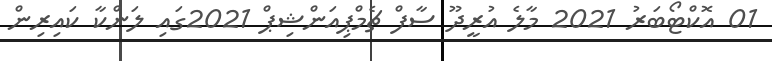
01 އޮކްޓޯބަރު 2021 މާލެ އުރީދޫ ސާފް ޗެމްޕިއަންޝިޕް 2021ގައި ލަންކާ ކައިރިން